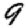
Digit: 9